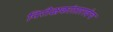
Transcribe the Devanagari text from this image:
निरीक्षकांसारखेच